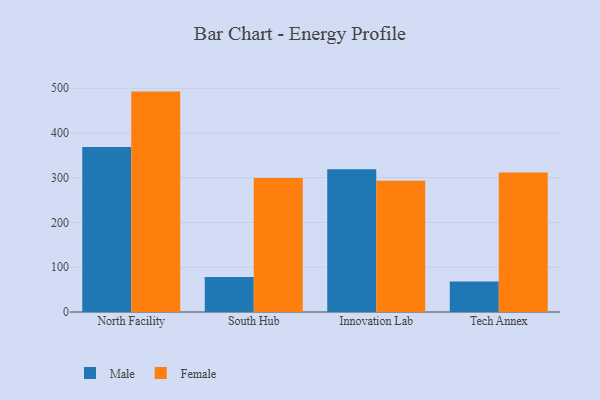
{"axis": {"x": "Campus", "y": "Website Visitors"}, "legend": ["Female", "Male"], "data": [{"x": "North Facility", "y": 368.8, "type": "Male"}, {"x": "North Facility", "y": 492.5, "type": "Female"}, {"x": "South Hub", "y": 78.2, "type": "Male"}, {"x": "South Hub", "y": 299.5, "type": "Female"}, {"x": "Innovation Lab", "y": 319.1, "type": "Male"}, {"x": "Innovation Lab", "y": 293.2, "type": "Female"}, {"x": "Tech Annex", "y": 68.1, "type": "Male"}, {"x": "Tech Annex", "y": 311.6, "type": "Female"}]}